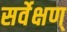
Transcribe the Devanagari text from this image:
सर्वेक्षण्